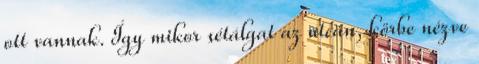
ott vannak. Így mikor sétálgat az utcán, körbe nézve